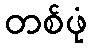
တစ်ဖုံ